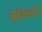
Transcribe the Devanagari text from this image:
मेलिपोने